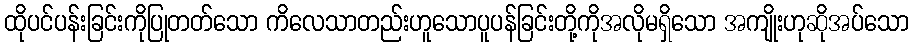
ထိုပင်ပန်းခြင်းကိုပြုတတ်သော ကိလေသာတည်းဟူသောပူပန်ခြင်းတို့ကိုအလိုမရှိသော အကျိုးဟုဆိုအပ်သော